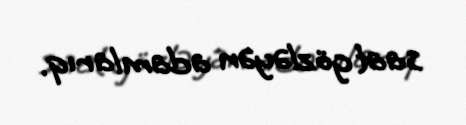
saat gözləyən adamlarıq.